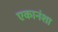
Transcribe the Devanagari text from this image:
एकानंशा